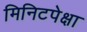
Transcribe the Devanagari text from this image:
मिनिटपेक्षा